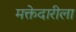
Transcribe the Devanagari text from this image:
मक्तेदारीला